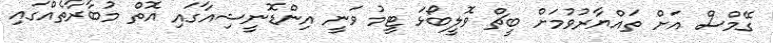
ގޭމްސް އަށް ތައްޔާރުވުމަށް ބީޗް ވޮލީބޯޅަ ޓީމު ވަނީ އިންޑޮނީޝިއާގައި އޮތް މުބާރާތެއްގައި